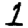
Digit: 1